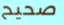
صحيح